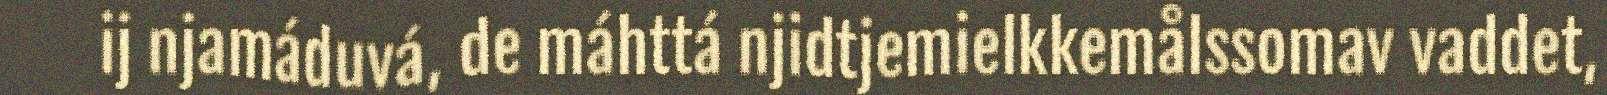
ij njamáduvá, de máhttá njidtjemielkkemålssomav vaddet,